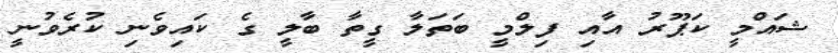
ޝައްމީ ކަޕޫރު އާއި ފިލްމީ ބަތަލާ ގީތާ ބާލީ ގެ ކައިވެނި ކުރެވުނީ